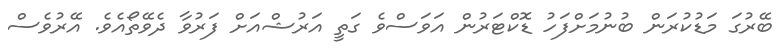
ބޭރުގަ މަޑުކުރަން ބުނުމަށްފަހު ޑޮކްޓަރުން އަވަސްވެ ގަތީ އަރުޝްއަށް ފަރުވާ ދެވޭތޯއެވެ. އޭރުވެސް